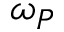
\omega _ { P }